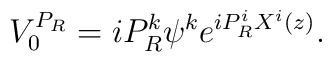
V_{0}^{P_{R}}=iP_{R}^{k}\psi^{k}e^{iP_{R}^{i}X^{i}(z)}.